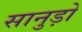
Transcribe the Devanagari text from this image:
सानुड़ो